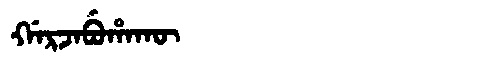
Manchu: ᡤᠠᡵᠵᠠᠪᡠᡥᠠᡴᡡ
Romanization: GARJABUHAKŪ